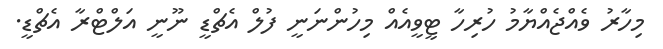
މިހާރު ވެއްޖެއްޔާމު ހުރިހާ ޓީވީއެއް މިހުންނަނީ ފުލް އެޗްޑީ ނޫނީ އަލްޓްރާ އެޗްޑީ.